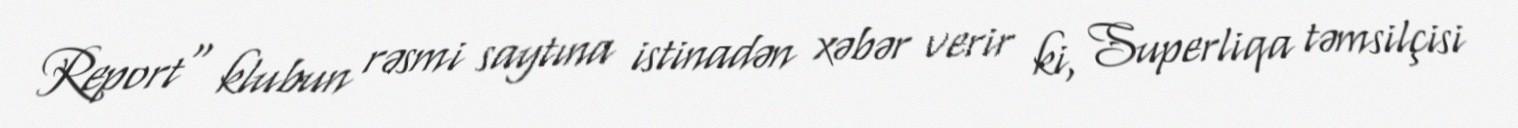
Report" klubun rəsmi saytına istinadən xəbər verir ki, Superliqa təmsilçisi